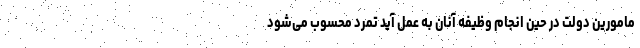
مامورین دولت در حین انجام وظیفه آنان به عمل آید تَمَّرد محسوب می‌شود